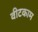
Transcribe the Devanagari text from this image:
वीटकाम